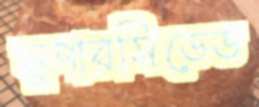
সুপারসিডেড